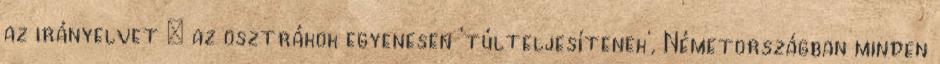
az irányelvet – az osztrákok egyenesen 'túlteljesítenek', Németországban minden